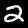
Digit: 2